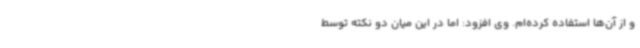
و از آن‌ها استفاده کرده‌ام. وی افزود: اما در این میان دو نکته توسط